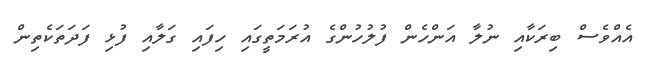
އެއްވެސް ބިރަކާއި ނުލާ އަންހެން ފުލުހުންގެ އުރަމަތީގައި ހިފައި ގަލާއި ފުޅި ފަދަތަކެތިން